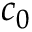
c _ { 0 }